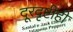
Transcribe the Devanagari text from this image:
दूरदृष्टीही